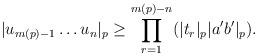
LaTeX: \begin{align*} |u_{m(p)-1}\dots u_n|_p \geq \prod^{m(p)-n}_{r=1}(|t_r|_p|a'b'|_p).\end{align*}